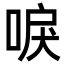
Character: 唳